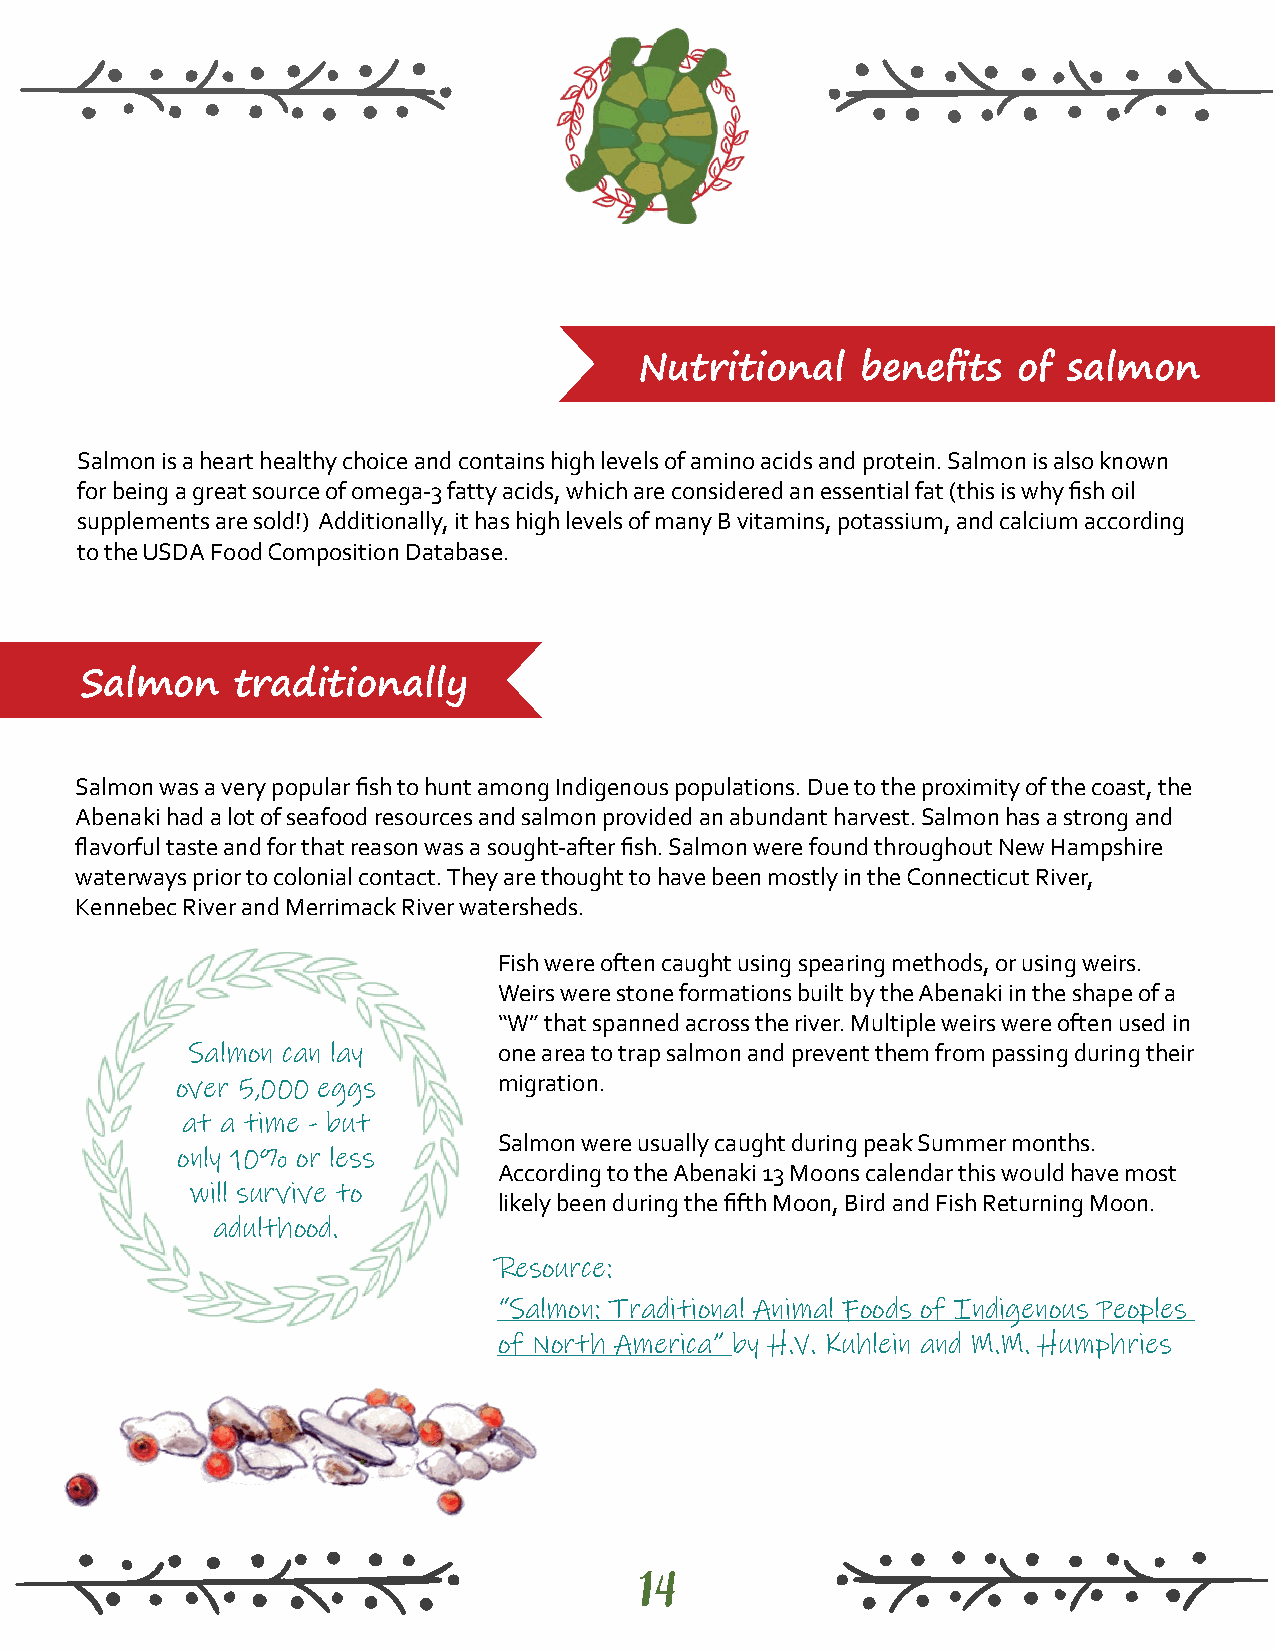
Nutritional    benefits  of  salmon
 Salmon is a heart healthy choice and contains high levels of amino acids and protein. Salmon is also known
 for being a great source of omega-3 fatty acids, which are considered an essential fat (this is why fish oil
 supplements are sold!) Additionally, it has high levels of many B vitamins, potassium, and calcium according
 to the USDA Food Composition Database.
 Salmon     traditionally
 Salmon was a very popular fish to hunt among Indigenous populations. Due to the proximity of the coast, the
 Abenaki had a lot of seafood resources and salmon provided an abundant harvest. Salmon has a strong and
 flavorful taste and for that reason was a sought-after fish. Salmon were found throughout New Hampshire
 waterways prior to colonial contact. They are thought to have been mostly in the Connecticut River,
 Kennebec River and Merrimack River watersheds.
 Fish were often caught using spearing methods, or using weirs.
 Weirs were stone formations built by the Abenaki in the shape of a
 “W” that spanned across the river. Multiple weirs were often used in
 Salmon can lay       one area to trap salmon and prevent them from passing during their
 over 5,000 eggs      migration.
 at a time - but
 Salmon were usually caught during peak Summer months.
 only 10% or less
 According to the Abenaki 13 Moons calendar this would have most
 will survive to
 likely been during the fifth Moon, Bird and Fish Returning Moon.
 adulthood.
 Resource:
 “Salmon: Traditional Animal Foods of Indigenous Peoples
 of North America” by H.V. Kuhlein and M.M. Humphries
 14